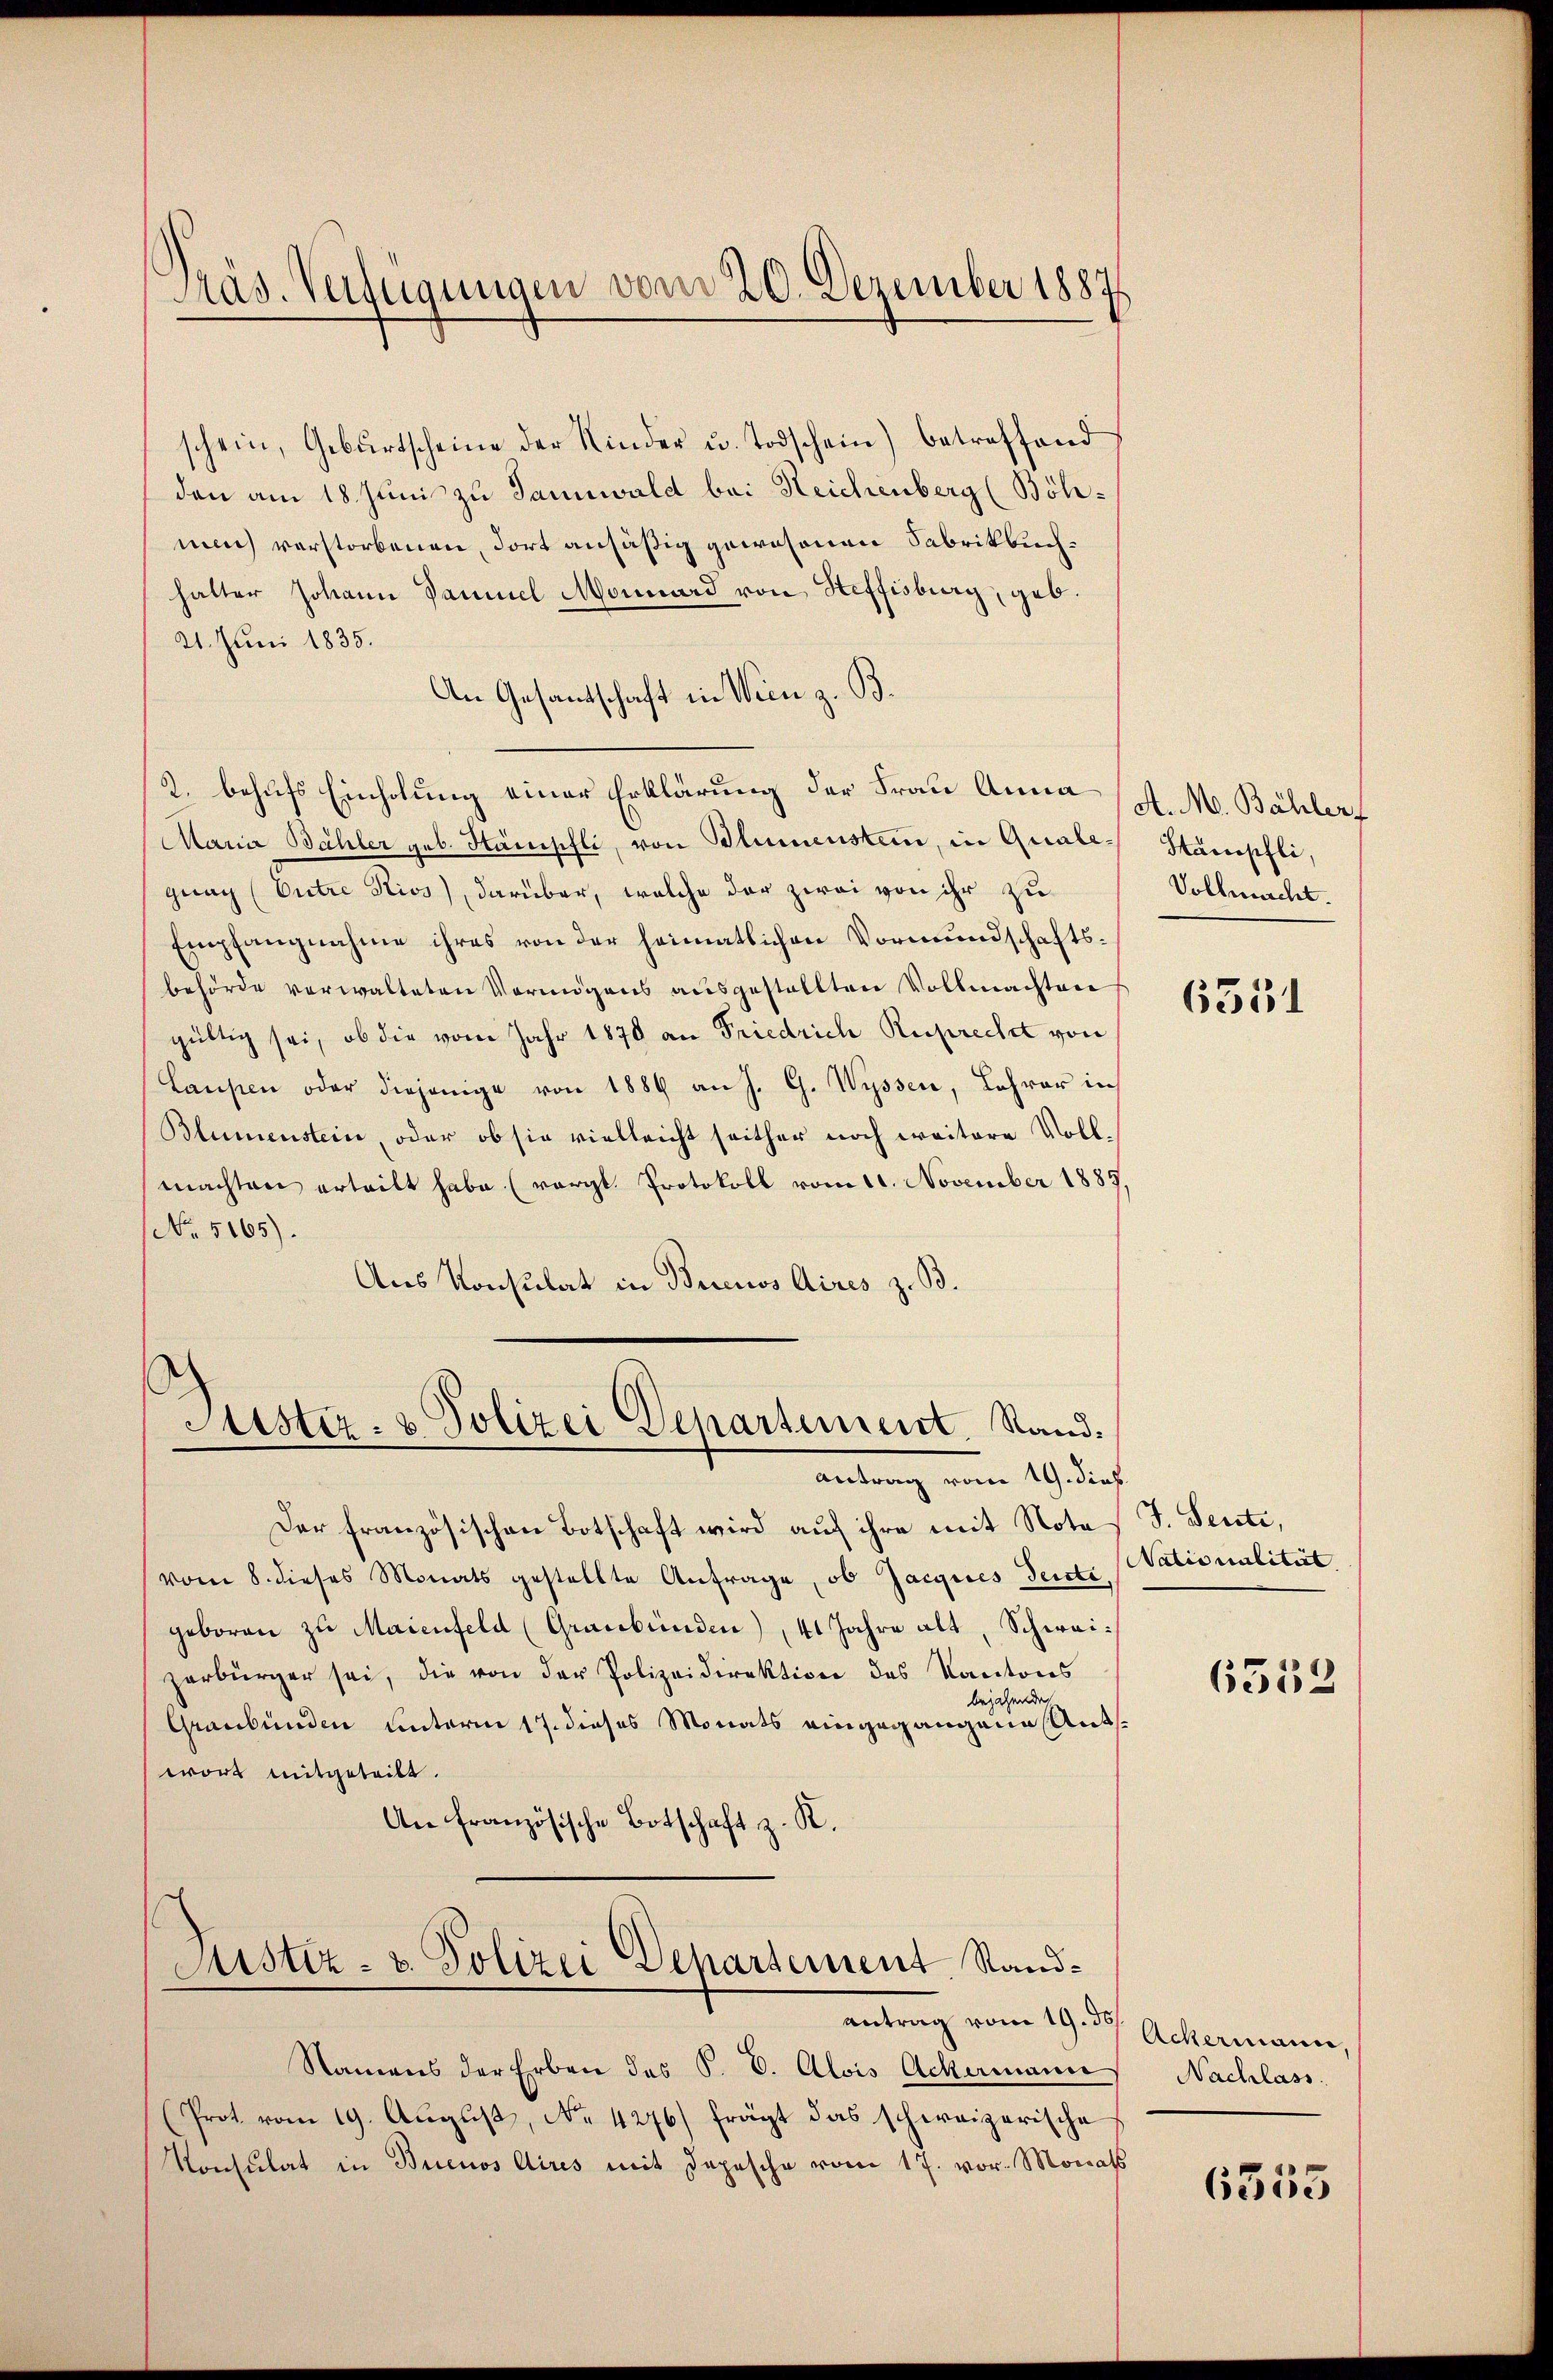
Präs. Verfügungen vom 20. Dezember 1887

schein, Geburtscheine der Kinder u. Todschein) betreffend
den am 18. Juni zu Tannwald bei Reichenberg (Böhmin verstorbenen, dort ansäßig gewesenen Fabrikbuchhalter Johann Daniel Monard von Steffisburg, geb.
21. Juni 1835.
An Gesandtschaft in Wien z. B.
2. behufs Einholung einer Erklärung der Frau Anna /. M. Bähler-
Maria Bähler geb. Hämpfli, von Blumenstein, in Quale Stampfli,
gung (Entre Rivs), darüber, welche der zwei von ihr zu
Empfangnahme ihres von der heimatlichen Vormundschaftsbehörde verwalteten Vermögens ausgestellten Vollmachten
gültig sei, ob die vom Jahr 1870 an Friedrich Ruprecht von
Laupen oder diejenige von 1889 an J. G. Wyssen, Lehrer in
Blumenstein, oder ob sie vielleicht seither noch weitere Voll-
machten erteilt habe (vergl. Protokoll vom 11. November 1889,
No. 5165).
Aus Konsulat in Buenos Aires z. B.

Sistiz- & Polizei Departement. Stand.

Justiz- & Polizei Departement. Stand¬

Vollmacht.

Antrag vom 19. dies
Der französischen Botschaft wird auf ihre mit Note J. Senti,
vom 8. dieses Monats gestellte Anfrage, ob Jacques Terrte,
geboren zu Maienfeld (Graubünden), 41 Jahre alt, Schwaizerbürger sei, die von der Polizeidirektion des Kantons
bejahende
Graubünden unterm 17. dieses Monats eingegangene Antwort mitgeteilt.
An Französische Botschaft z. R.

antrag vom 19. des Ackermann,
Namens der Erben des P. V. Alois Ackermann
Prot vom 19. Aŭgŭst No. 4276) frägt das schweizerische
Konsulat in Buenos Aires mit Depesche vom 17. vor. Monats

6331

Nationalität.

6533

Nachlass.

6353